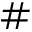
{ \# }